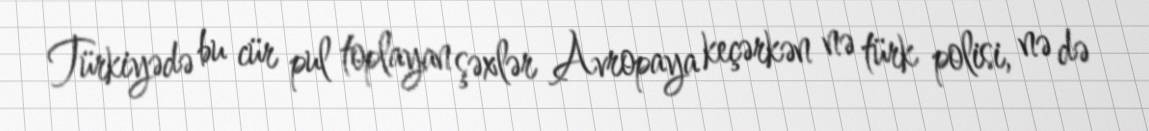
Türkiyədə bu cür pul toplayan şəxlər Avropaya keçərkən nə türk polisi, nə də